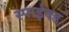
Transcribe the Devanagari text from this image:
स्पाईक्ड